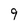
Character: 9